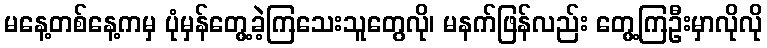
မနေ့တစ်နေ့ကမှ ပုံမှန်တွေ့ခဲ့ကြသေးသူတွေလို၊ မနက်ဖြန်လည်း တွေ့ကြဦးမှာလိုလို